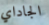
الجاداي